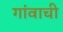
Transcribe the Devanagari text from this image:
गांवाची